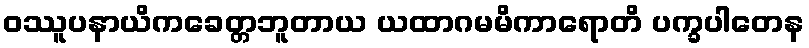
ဝဿူပနာယိကခေတ္တဘူတာယ ယထာဂမမိကာရောတိ ပက္ခပါတေန